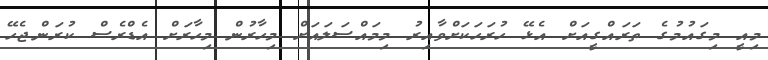
މިއީ މިގައުމުގެ ތަރައްގީއަށް އެޅޭ ހުރަހަކަށްވާއިރު މިމައްސަލައަށް މިހާރުން މިހާރަށް އެޑްރެސް ކުރަންޖެހޭ